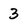
Character: 3